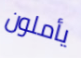
يأملون